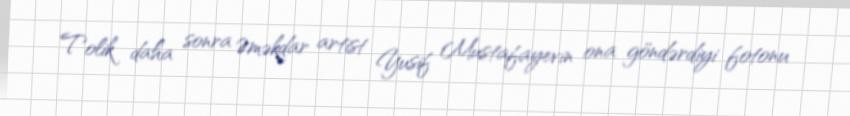
Tolik daha sonra Əməkdar artist Yusif Mustafayevin ona göndərdiyi fotonu